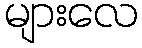
များလေ